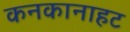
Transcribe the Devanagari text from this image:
कनकानाहट